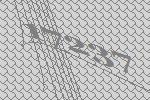
17237